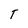
Character: T